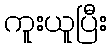
ကူးယူပြီး